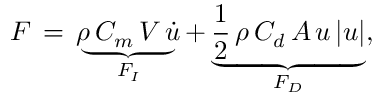
F \, = \, \underbrace { \rho \, C _ { m } \, V \, { \dot { u } } } _ { F _ { I } } + \underbrace { { \frac { 1 } { 2 } } \, \rho \, C _ { d } \, A \, u \, | u | } _ { F _ { D } } ,